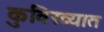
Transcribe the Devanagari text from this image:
कुविख्यात